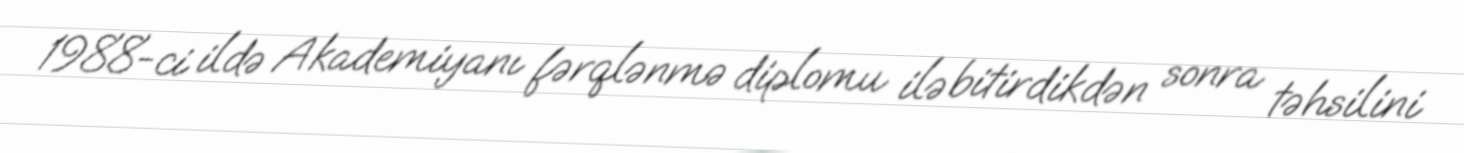
1988-ci ildə Akademiyanı fərqlənmə diplomu ilə bitirdikdən sonra təhsilini